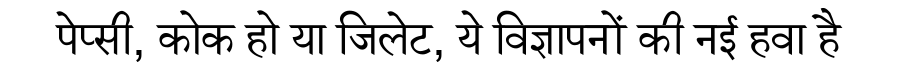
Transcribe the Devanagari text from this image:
पेप्सी, कोक हो या जिलेट, ये विज्ञापनों की नई हवा है